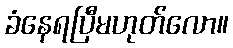
ခံနေရပြီမဟုတ်လော။